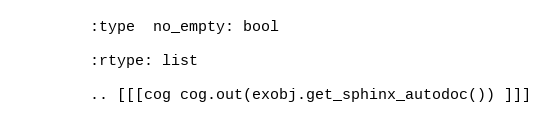
Language: Python
        :type  no_empty: bool

        :rtype: list

        .. [[[cog cog.out(exobj.get_sphinx_autodoc()) ]]]